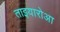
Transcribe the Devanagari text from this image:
ताइयारोआ